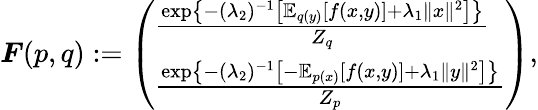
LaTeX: \begin{array}{r}{\boldsymbol{F}(p,q):=\left(\begin{array}{l}{\frac{\exp\left\{ -(\lambda_{2})^{-1}\left[\mathbb{E}_{q(y)}[f(x,y)]+\lambda_{1}\| x\| ^{2}\right]\right\} }{Z_{q}}}\\ {\frac{\exp\left\{ -(\lambda_{2})^{-1}\left[-\mathbb{E}_{p(x)}[f(x,y)]+\lambda_{1}\| y\| ^{2}\right]\right\} }{Z_{p}}}\end{array}\right),}\end{array}